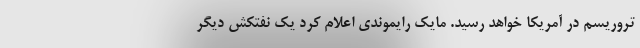
تروریسم در آمریکا خواهد رسید. مایک رایموندی اعلام کرد یک نفتکش دیگر